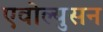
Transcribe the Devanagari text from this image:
एवोल्युसन